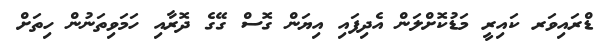
ޑްރައިވަރ ކައިރީ މަޑުކޮށްލަން އެދިފައި އިޔަން ގޮސް ގޭގެ ދޮރާއި ހަމަވިތަނުން ހިތަށް